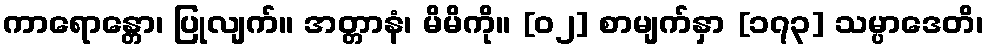
ကာရောန္တော၊ ပြုလျက်။ အတ္တာနံ၊ မိမိကို။ [၀၂] စာမျက်နှာ [၁၇၃] သမ္ပာဒေတိ၊